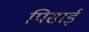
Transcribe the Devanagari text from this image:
पिसाईं